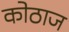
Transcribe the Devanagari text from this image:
कोठाज